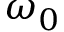
\omega _ { 0 }